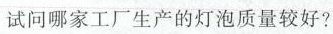
试问哪家工厂生产的灯泡质量较好?